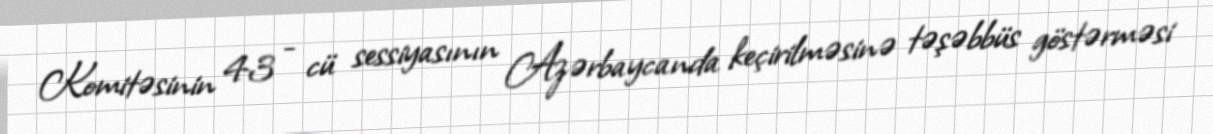
Komitəsinin 43 - cü sessiyasının Azərbaycanda keçirilməsinə təşəbbüs göstərməsi